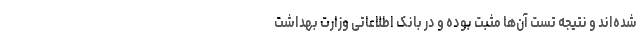
شده‌اند و نتیجه تست آن‌ها مثبت بوده و در بانک اطلاعاتی وزارت بهداشت